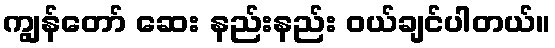
ကျွန်တော် ဆေး နည်းနည်း ဝယ်ချင်ပါတယ်။